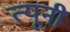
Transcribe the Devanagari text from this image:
त्‍यूनी